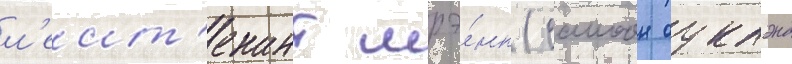
л'еит'енант шрэ́нк (саимон оуклэнд